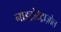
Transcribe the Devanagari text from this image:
नाइट्रोटेट्राज़ोल